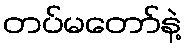
တပ်မတော်နဲ့